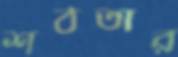
শঠতার